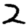
Digit: 2